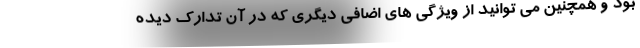
بود و همچنین می توانید از ویژگی های اضافی دیگری که در آن تدارک دیده